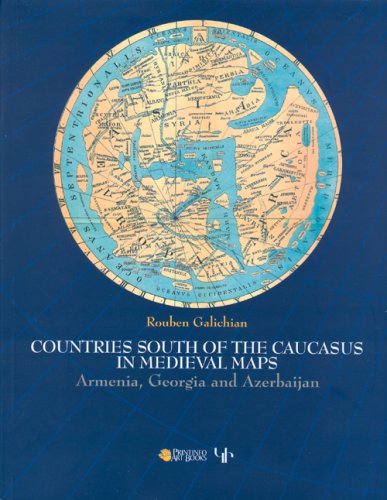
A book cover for Countries of the Caucasus in Medieval Maps: Armenia, Georgia and Azerbaijan; Galichian; Travel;